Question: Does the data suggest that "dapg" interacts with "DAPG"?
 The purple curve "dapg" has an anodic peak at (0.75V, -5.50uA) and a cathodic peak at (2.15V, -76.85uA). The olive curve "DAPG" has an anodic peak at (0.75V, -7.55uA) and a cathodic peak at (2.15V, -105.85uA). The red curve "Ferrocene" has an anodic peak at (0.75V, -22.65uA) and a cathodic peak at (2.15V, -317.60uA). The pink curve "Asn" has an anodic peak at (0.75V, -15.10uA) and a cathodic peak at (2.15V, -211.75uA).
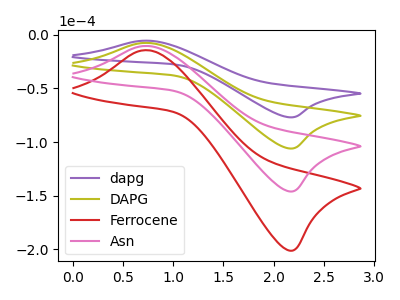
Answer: <think>All the peaks in "dapg" have a peak in "DAPG" at the same potential.
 </think>
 <answer>No, "dapg" and "DAPG" don't appear to be significantly different in shape</answer>
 <eval>no_change</eval>